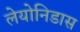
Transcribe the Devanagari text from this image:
लेयोनिडास